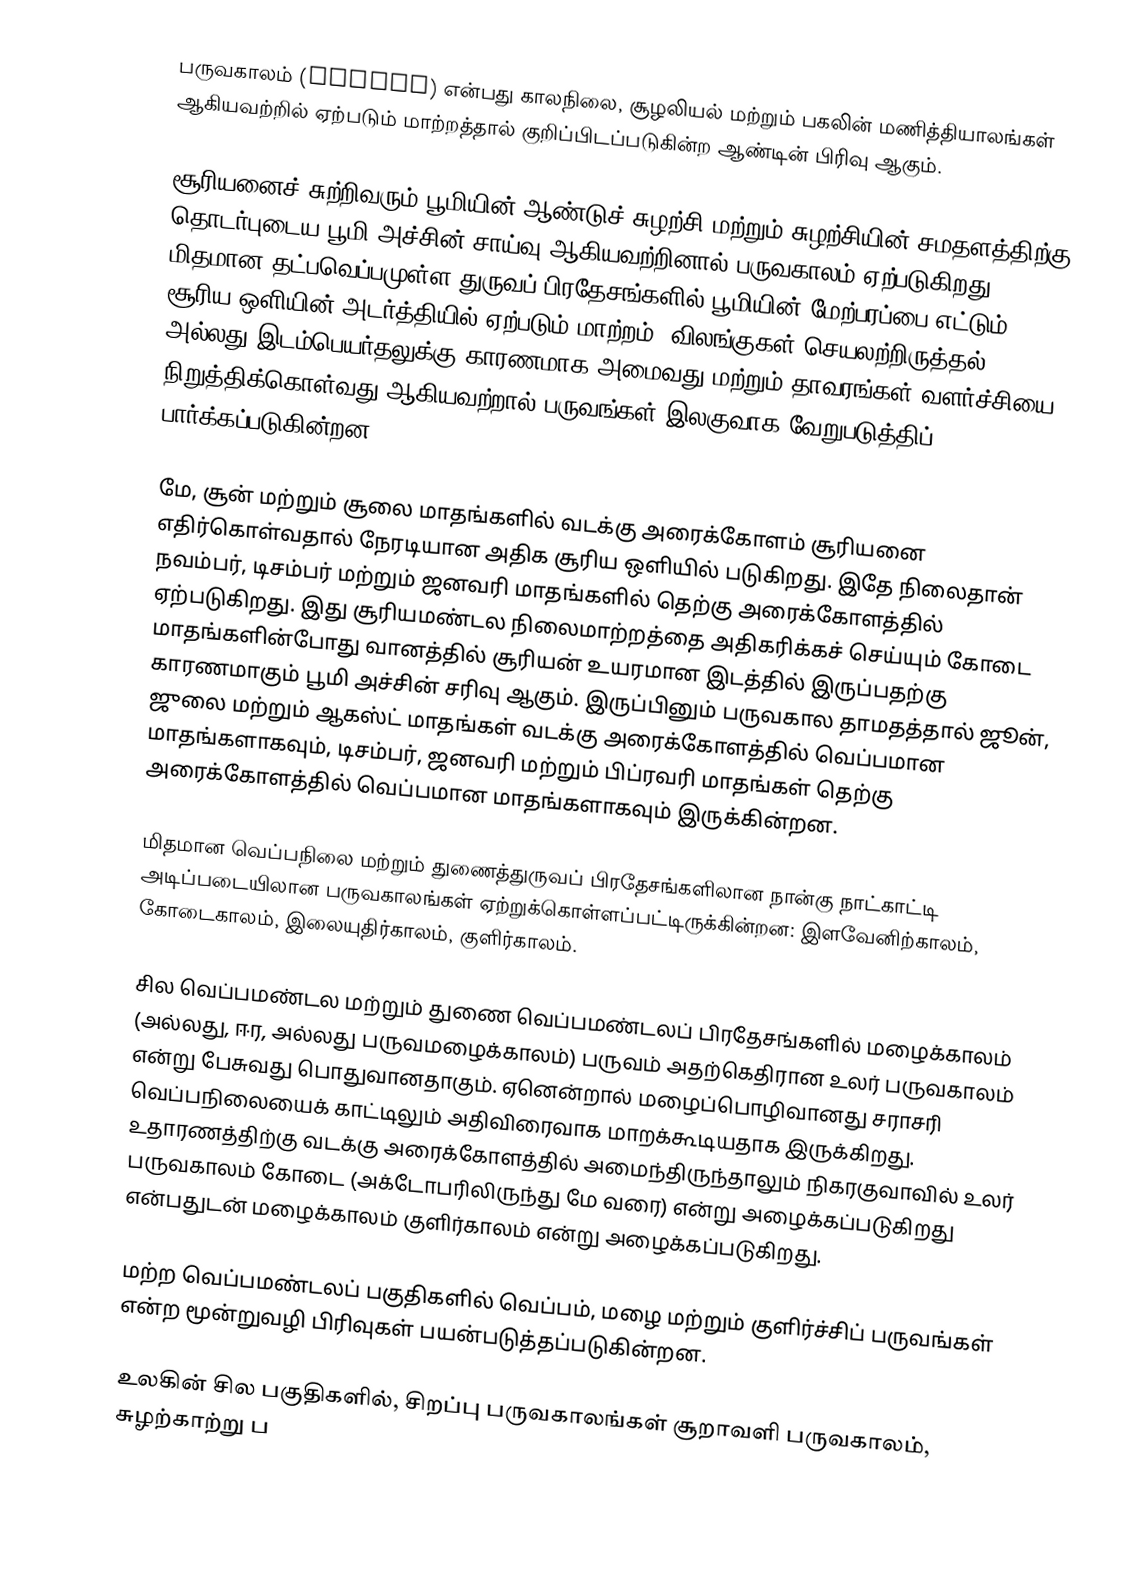
பருவகாலம் (season) என்பது காலநிலை, சூழலியல் மற்றும் பகலின் மணித்தியாலங்கள் ஆகியவற்றில் ஏற்படும் மாற்றத்தால் குறிப்பிடப்படுகின்ற ஆண்டின் பிரிவு ஆகும்.

சூரியனைச் சுற்றிவரும் பூமியின் ஆண்டுச் சுழற்சி மற்றும் சுழற்சியின் சமதளத்திற்கு தொடர்புடைய பூமி அச்சின் சாய்வு ஆகியவற்றினால் பருவகாலம் ஏற்படுகிறது. மிதமான தட்பவெப்பமுள்ள துருவப் பிரதேசங்களில் பூமியின் மேற்பரப்பை எட்டும் சூரிய ஒளியின் அடர்த்தியில் ஏற்படும் மாற்றம், விலங்குகள் செயலற்றிருத்தல் அல்லது இடம்பெயர்தலுக்கு காரணமாக அமைவது மற்றும் தாவரங்கள் வளர்ச்சியை நிறுத்திக்கொள்வது ஆகியவற்றால் பருவங்கள் இலகுவாக வேறுபடுத்திப் பார்க்கப்படுகின்றன.

மே, சூன் மற்றும் சூலை மாதங்களில் வடக்கு அரைக்கோளம் சூரியனை எதிர்கொள்வதால் நேரடியான அதிக சூரிய ஒளியில் படுகிறது. இதே நிலைதான் நவம்பர், டிசம்பர் மற்றும் ஜனவரி மாதங்களில் தெற்கு அரைக்கோளத்தில் ஏற்படுகிறது. இது சூரியமண்டல நிலைமாற்றத்தை அதிகரிக்கச் செய்யும் கோடை மாதங்களின்போது வானத்தில் சூரியன் உயரமான இடத்தில் இருப்பதற்கு காரணமாகும் பூமி அச்சின் சரிவு ஆகும். இருப்பினும் பருவகால தாமதத்தால் ஜூன், ஜுலை மற்றும் ஆகஸ்ட் மாதங்கள் வடக்கு அரைக்கோளத்தில் வெப்பமான மாதங்களாகவும், டிசம்பர், ஜனவரி மற்றும் பிப்ரவரி மாதங்கள் தெற்கு அரைக்கோளத்தில் வெப்பமான மாதங்களாகவும் இருக்கின்றன.

மிதமான வெப்பநிலை மற்றும் துணைத்துருவப் பிரதேசங்களிலான நான்கு நாட்காட்டி அடிப்படையிலான பருவகாலங்கள் ஏற்றுக்கொள்ளப்பட்டிருக்கின்றன: இளவேனிற்காலம், கோடைகாலம், இலையுதிர்காலம், குளிர்காலம்.

சில வெப்பமண்டல மற்றும் துணை வெப்பமண்டலப் பிரதேசங்களில் மழைக்காலம் (அல்லது, ஈர, அல்லது பருவமழைக்காலம்) பருவம் அதற்கெதிரான உலர் பருவகாலம் என்று பேசுவது பொதுவானதாகும். ஏனென்றால் மழைப்பொழிவானது சராசரி வெப்பநிலையைக் காட்டிலும் அதிவிரைவாக மாறக்கூடியதாக இருக்கிறது. உதாரணத்திற்கு வடக்கு அரைக்கோளத்தில் அமைந்திருந்தாலும் நிகரகுவாவில் உலர் பருவகாலம் கோடை (அக்டோபரிலிருந்து மே வரை) என்று அழைக்கப்படுகிறது என்பதுடன் மழைக்காலம் குளிர்காலம் என்று அழைக்கப்படுகிறது.

மற்ற வெப்பமண்டலப் பகுதிகளில் வெப்பம், மழை மற்றும் குளிர்ச்சிப் பருவங்கள் என்ற மூன்றுவழி பிரிவுகள் பயன்படுத்தப்படுகின்றன.

உலகின் சில பகுதிகளில், சிறப்பு பருவகாலங்கள் சூறாவளி பருவகாலம், சுழற்காற்று ப